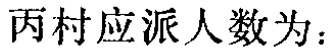
丙村应派人数为：